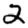
Digit: 2